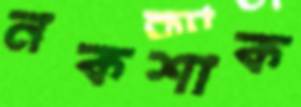
নকশাক